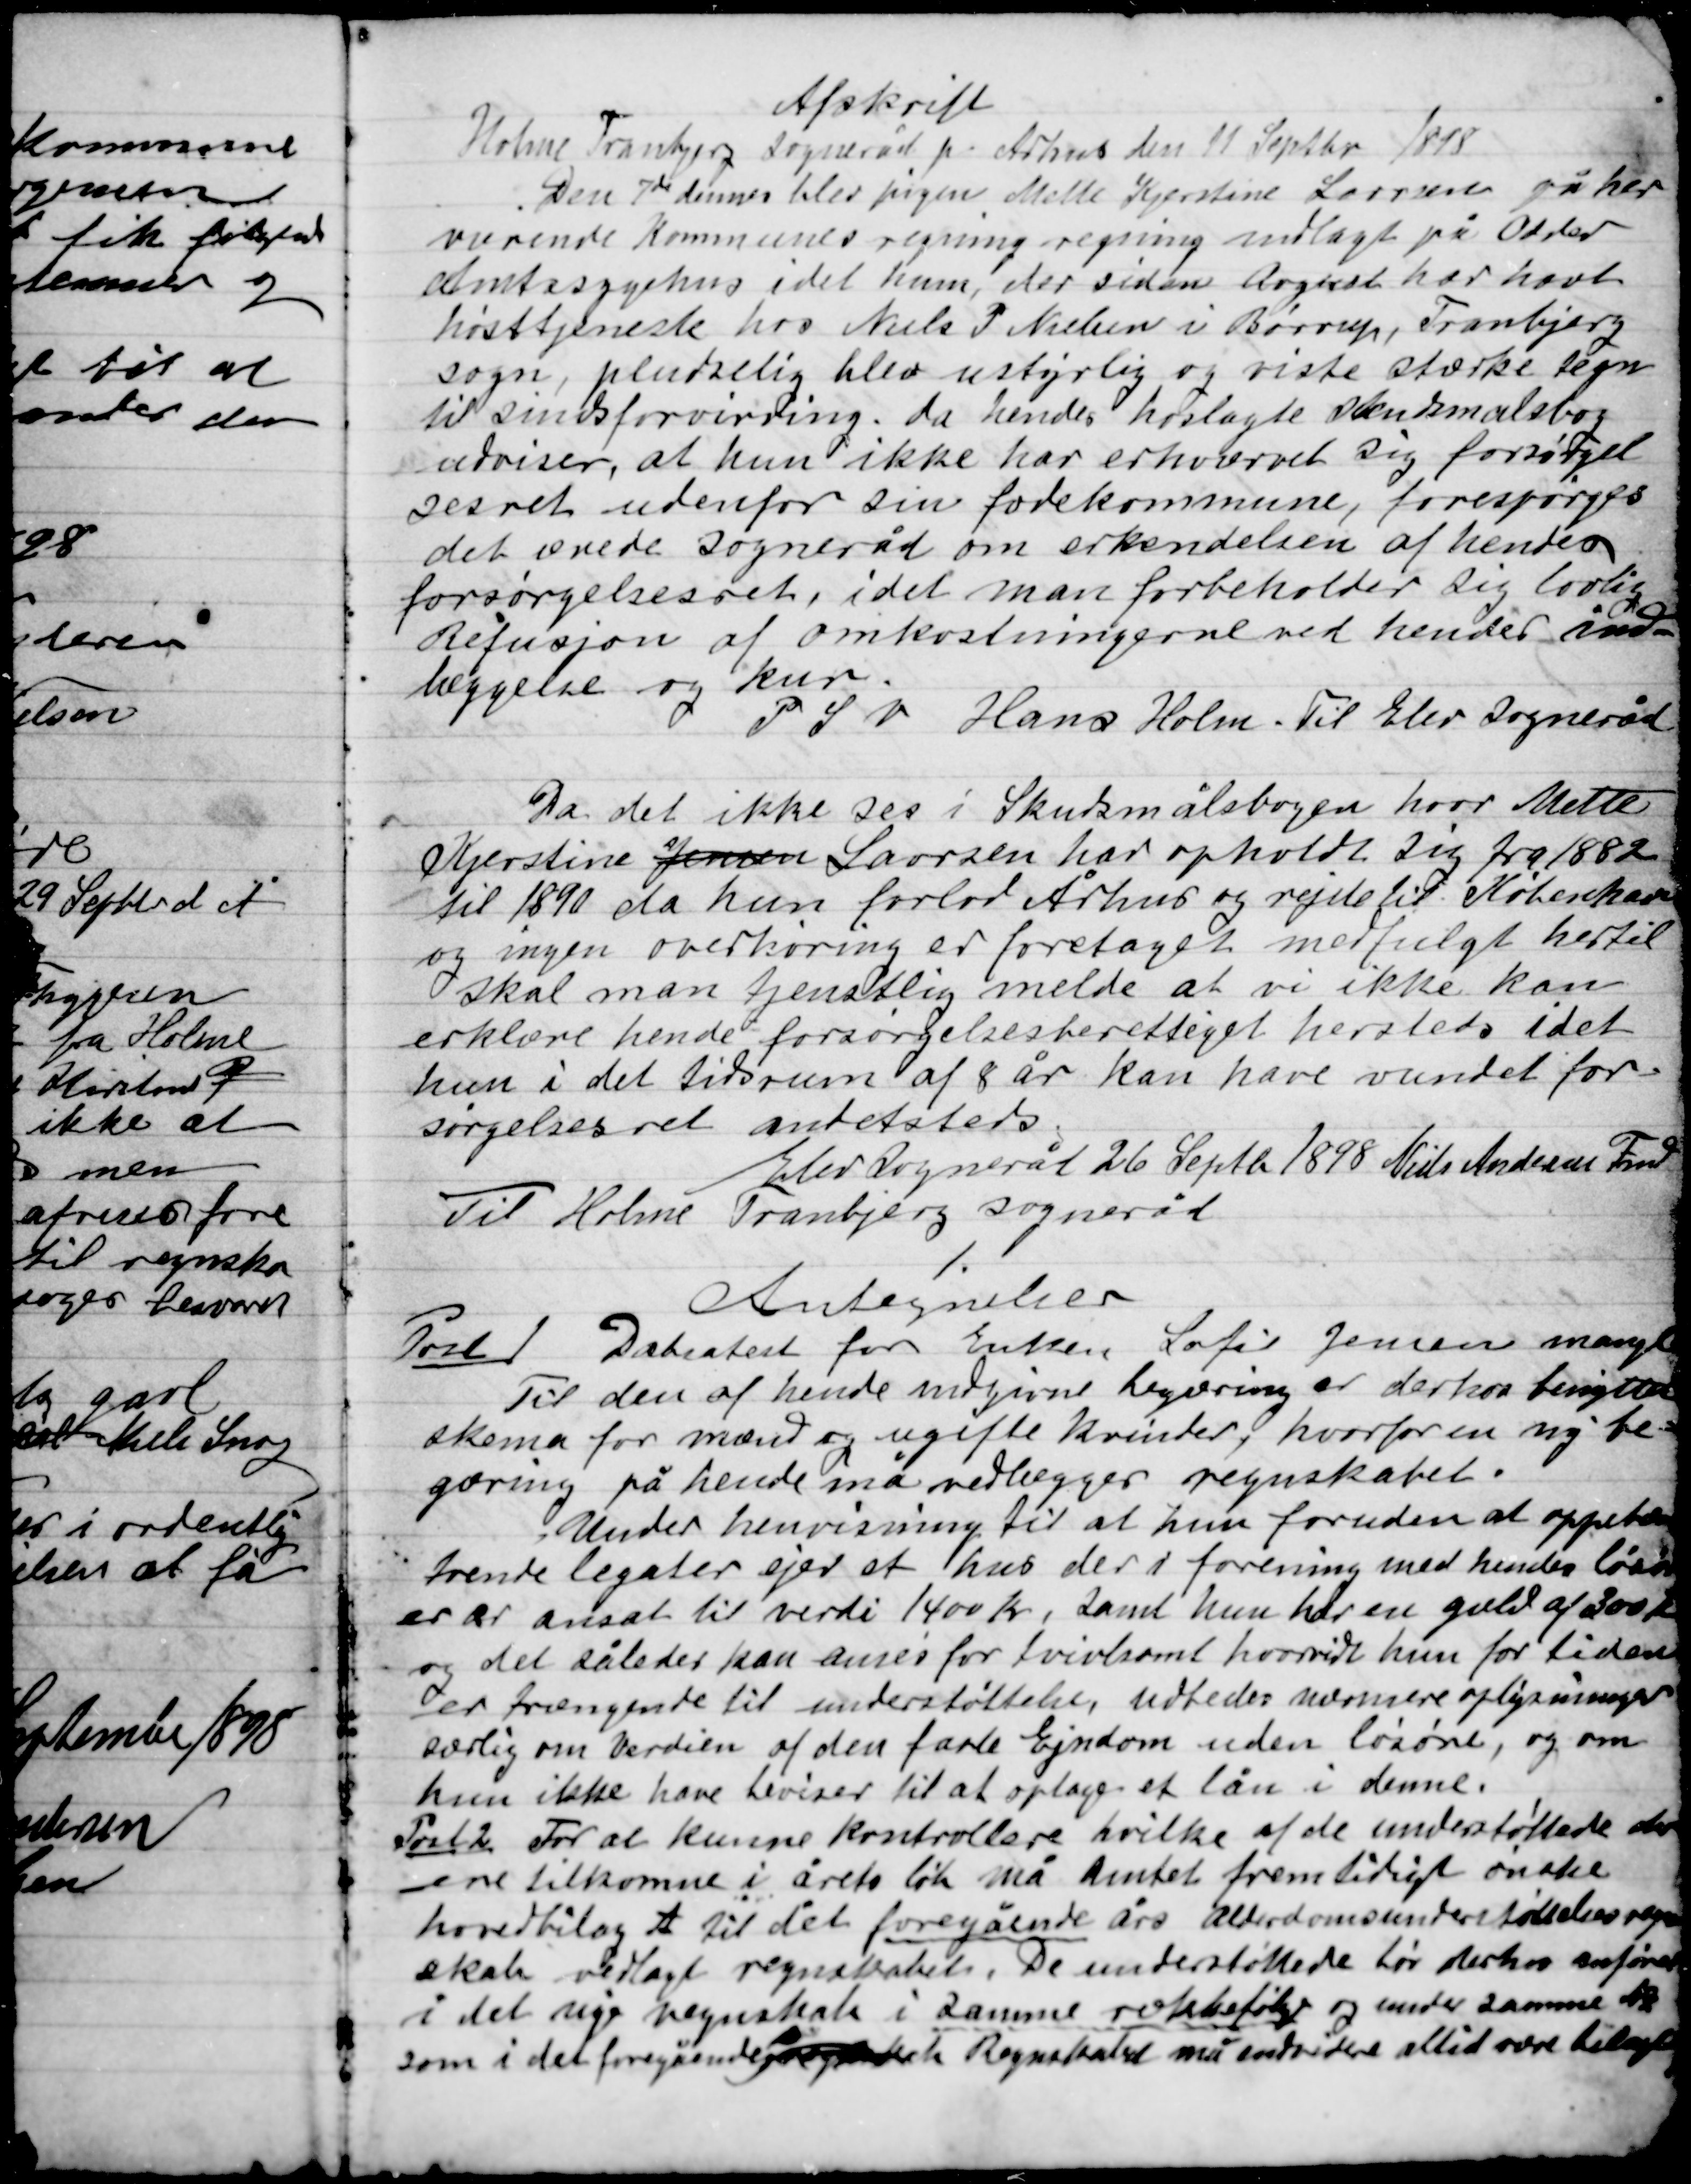
Transskription:
Afskrift
Holme Tranbjerg Sogneråd pr. Århus den 11 Septbr. 1898.
Den 7de dennes blev pigen Mette Kjerstine Laursen på her-
værende Kommunes regning regning indlagt på Odder
Amtssygehus idet hun, der siden Avgust har havt
høsttjeneste hos Niels P. Nielsen i Børrup, Tranbjerg
sogn, pludselig blev ustyrlig og viste stærke tegn
til sindsforvirring, da hendes hoslagte skudsmålsbog
udviser, at hun ikke har erhvervet sig forsørgel-
sesret udenfor sin fødekommune, forespørges
det ærede Sogneråd om erkendelsen af hendes
forsørgelsesret, idet man forbeholder sig lovlig
Refusjon af omkostningerne ved hendes ind-
læggelse og kur.
P.S.V. Hans Holm. Til Elev Sogneråd

Da det ikke ses i Skudsmålsbogen hvor Mette
Kjerstine Jensen Laursen har opholdt sig fra 1882
til 1890 da hun forlod Århus og rejste til København
og ingen overhøring er foretaget medfulgt hertil
skal man tjenstlig melde at vi ikke kan
erklære hende forsørgelsesberettiget hersted idet
hun i det tidsrum af 8 år kan have vundet for-
sørgelsesret andetsteds.
Elev Sogneråd 26 Septb. 1898 Niels Andersen Fmd.
Til Holme Tranbjerg Sogneråd

Antegnelser
Post 1
Dåbsattest for Enken Sofie Jensen mangler
Til den af hende indgivne begæring er derhos benytttes
skema for mænd og ugifte kvinder, hvorfor en ny be-
gæring på hende må vedlægges regnskabet.
Under henvisning at hun foruden at oppebære
trende legater ejer et hus der i forening med hendes lån
er er ansat til værdi 1400 Kr, samt hun har en gæld af 300 Kr
og det således kan anses for tvivlsomt hvorvidt hun for tiden
er trængende til understøttelsen udbedes nærmere oplysninger
særlig om værdien af den faste Ejendom uden løsøre, og om
hun ikke havde beviser til at optage et lån i denne.
Post 2
For at kunne kontrollere hvilke af de understøttede der
ene tilkomme i årets løb må Amtet fremtidigt ønske
hovedbilag A. til det foregående års alderdomsunderstøttelsesregn-
skab vedlagt regnskabet. De understøttede bør derhos anføres
i det nye regnskab i samme rækkefølge og under samme Nr.
som i det foregående  Regnskabet må endvidere altid være tillagt